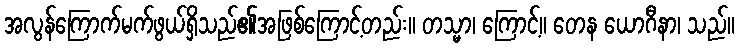
အလွန်ကြောက်မက်ဖွယ်ရှိသည်၏အဖြစ်ကြောင့်တည်း။ တသ္မာ၊ ကြောင့်။ တေန ယောဂီနာ၊ သည်။